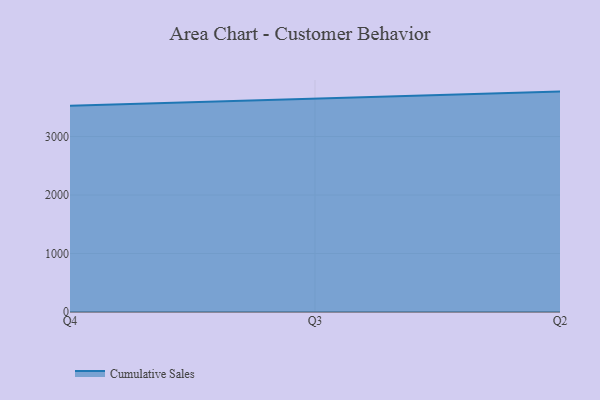
{"axis": {"x": "Quarter", "y": "Latency (ms)"}, "legend": ["Cumulative Sales"], "data": [{"x": "Q4", "y": 3526.0, "type": "Cumulative Sales"}, {"x": "Q3", "y": 3646.8, "type": "Cumulative Sales"}, {"x": "Q2", "y": 3768.3, "type": "Cumulative Sales"}]}